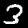
Label: 3